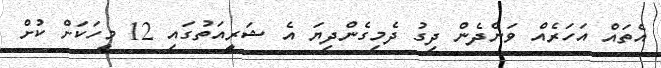
އެތައް އަހަރެއް ވަންދެން ދިގު ދެމިގެންދިޔަ އެ ޝަރީއަތުގައި 12 މީހަކަށް ކުށް